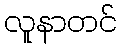
လူနာတင်